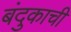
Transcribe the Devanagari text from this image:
बंदुकाची